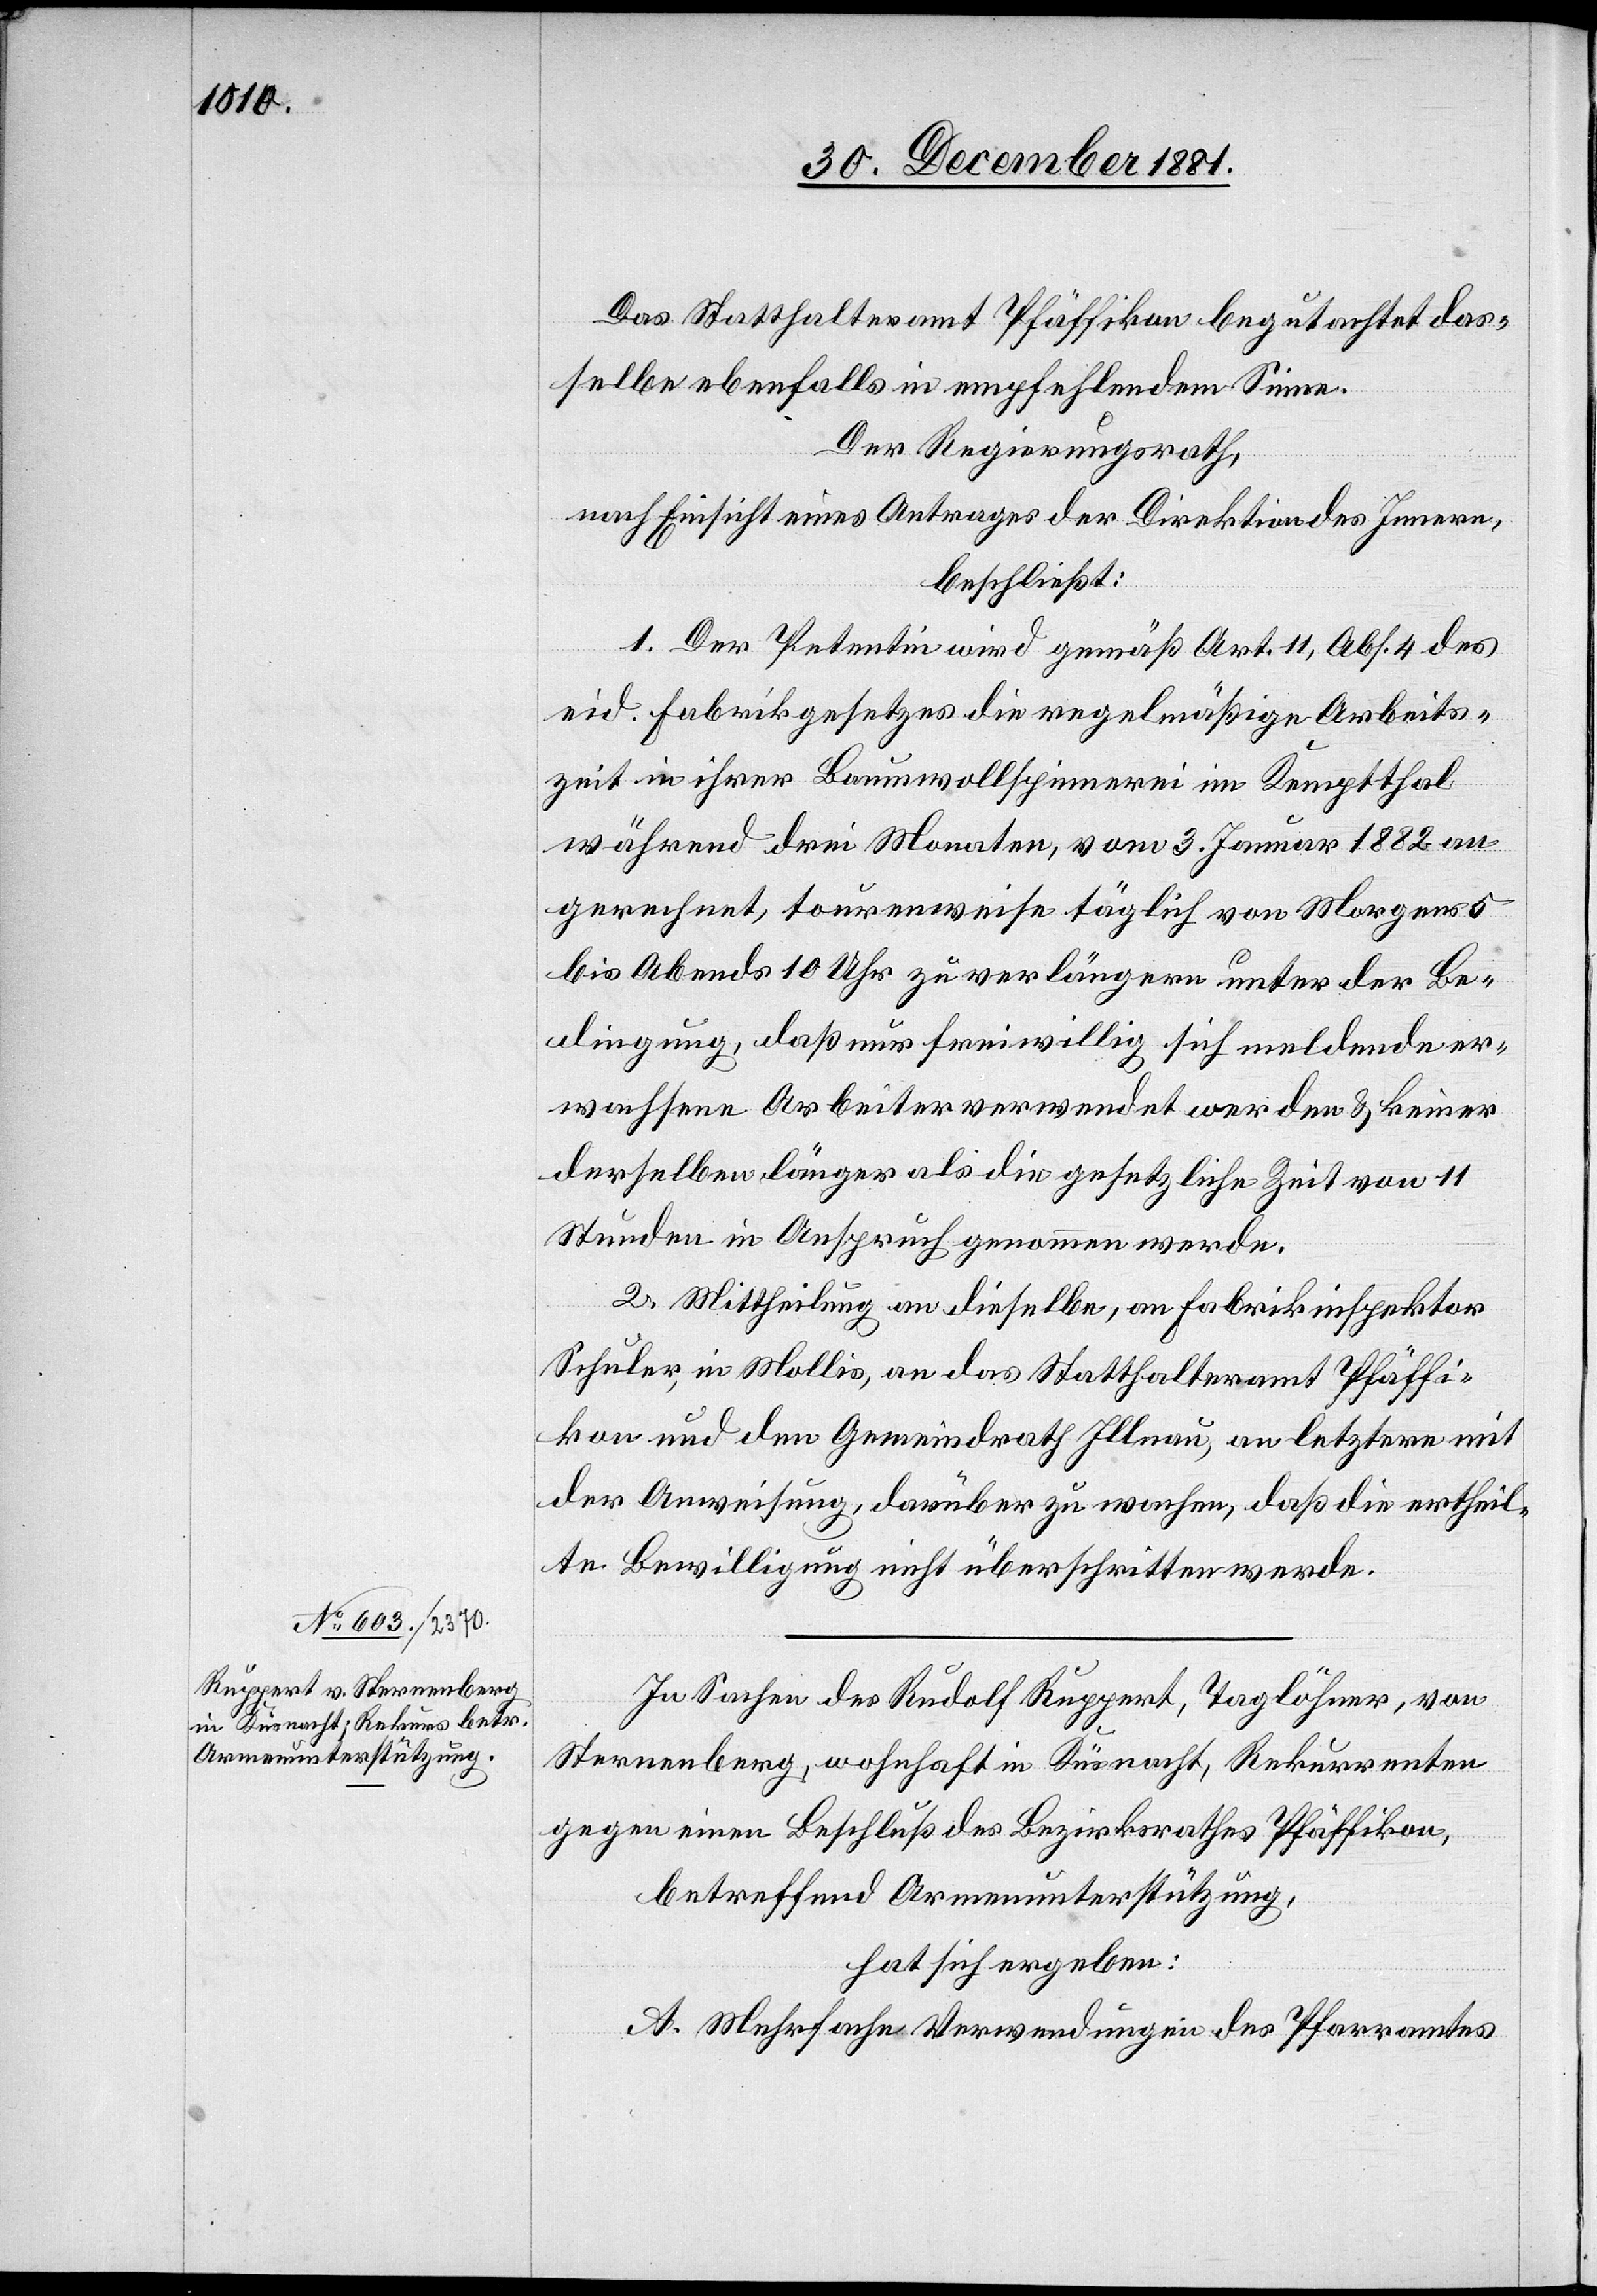
Das Statthalteramt Pfäffikon begutachtet das¬
selbe ebenfalls in empfehlendem Sinne.
Der Regierungsrath,
nach Einsicht eines Antrages der Direktion des Innern,
beschließt:
1. Der Petentin wird gemäß Art. 11, Abs. 4 des
eid. Fabrikgesetzes die regelmäßige Arbeits¬
zeit in ihrer Baumwollspinnerei in Kemptthal
während drei Monaten, vom 3. Januar 1882 an
gerechnet, tourenweise täglich von Morgens 5
bis Abends 10 Uhr zu verlängern unter der Be¬
dingung, daß nur freiwillig sich meldende er¬
wachsene Arbeiter verwendet werden & keiner
derselben länger als die gesetzliche Zeit von 11
Stunden in Anspruch genommen werde.
2. Mittheilung an dieselbe, an Fabrikinspektor
Schuler, in Mollis, an das Statthalteramt Pfäffi¬
kon und den Gemeindrath Illnau, an letztere mit
der Anweisung, darüber zu wachen, daß die ertheil¬
te Bewilligung nicht überschritten werde.
In Sachen des Rudolf Ruppert, Taglöhner, von
Sternenberg, wohnhaft in Küsnacht, Rekurrenten
gegen einen Beschluß des Bezirksrathes Pfäffikon,
betreffend Armenunterstützung,
hat sich ergeben:
A. Mehrfache Verwendungen des Pfarramtes